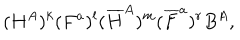
LaTeX: ( H ^ { A } ) ^ { k } ( F ^ { a } ) ^ { l } ( { \overline { { H } } } ^ { A } ) ^ { m } ( { \overline { { F } } } ^ { a } ) ^ { r } B ^ { A } ,